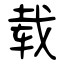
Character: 载